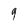
Character: 9